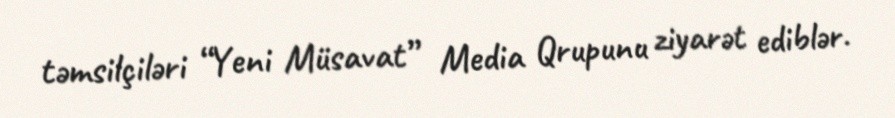
təmsilçiləri “Yeni Müsavat” Media Qrupunu ziyarət ediblər.